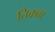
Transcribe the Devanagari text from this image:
तिकवा